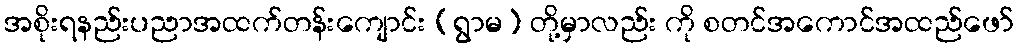
အစိုးရနည်းပညာအထက်တန်းကျောင်း (ရွာမ) တို့မှာလည်း ကို စတင်အကောင်အထည်ဖော်